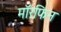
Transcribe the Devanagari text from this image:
मॉरफिन